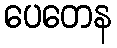
ပေတေန